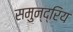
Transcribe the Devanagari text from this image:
समुन्द्रिय